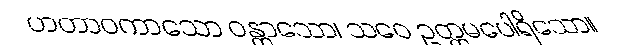
ဟတာဝကာသော ဝန္တာသော၊ သဝေ ဥတ္တမပေါရိသော။